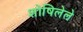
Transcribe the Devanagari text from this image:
शोषिलेले